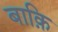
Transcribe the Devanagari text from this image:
बाक़ि